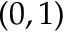
( 0 , 1 )